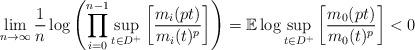
LaTeX: \begin{align*}\lim_{n\rightarrow\infty}\frac{1}{n}\log\left(\prod_{i=0}^{n-1}\sup_{t\in D^+}\left[\frac{m_i(pt)}{m_i(t)^p}\right]\right)=\mathbb E\log \sup_{t\in D^+}\left[\frac{m_0(pt)}{m_0(t)^p}\right]<0\end{align*}